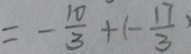
= - \frac { 1 0 } { 3 } + ( - \frac { 1 7 } { 3 } )